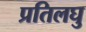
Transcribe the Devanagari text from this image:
प्रतिलघु